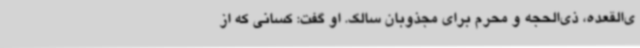
ی‌القعده، ذی‌الحجه و محرم برای مجذوبان سالک. او گفت: کسانی که از